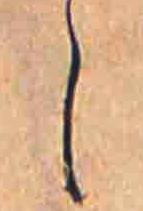
し